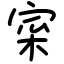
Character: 寀